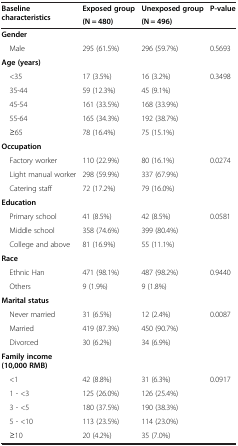
| Baseline characteristics | Exposed group | Unexposed group | P-value |
 |  | (N = 480) | (N = 496) |  |
 | --- | --- | --- | --- |
 | Gender |  |  |  |
 | Male | 295 (61.5%) | 296 (59.7%) | 0.5693 |
 | Age (years) |  |  |  |
 | <35 | 17 (3.5%) | 16 (3.2%) | 0.3498 |
 | 35-44 | 59 (12.3%) | 45 (9.1%) |  |
 | 45-54 | 161 (33.5%) | 168 (33.9%) |  |
 | 55-64 | 165 (34.3%) | 192 (38.7%) |  |
 | ≥65 | 78 (16.4%) | 75 (15.1%) |  |
 | Occupation |  |  |  |
 | Factory worker | 110 (22.9%) | 80 (16.1%) | 0.0274 |
 | Light manual worker | 298 (59.9%) | 337 (67.9%) |  |
 | Catering staff | 72 (17.2%) | 79 (16.0%) |  |
 | Education |  |  |  |
 | Primary school | 41 (8.5%) | 42 (8.5%) | 0.0581 |
 | Middle school | 358 (74.6%) | 399 (80.4%) |  |
 | College and above | 81 (16.9%) | 55 (11.1%) |  |
 | Race |  |  |  |
 | Ethnic Han | 471 (98.1%) | 487 (98.2%) | 0.9440 |
 | Others | 9 (1.9%) | 9 (1.8%) |  |
 | Marital status |  |  |  |
 | Never married | 31 (6.5%) | 12 (2.4%) | 0.0087 |
 | Married | 419 (87.3%) | 450 (90.7%) |  |
 | Divorced | 30 (6.2%) | 34 (6.9%) |  |
 | Family income (10,000 RMB) |  |  |  |
 | <1 | 42 (8.8%) | 31 (6.3%) | 0.0917 |
 | 1 - <3 | 125 (26.0%) | 126 (25.4%) |  |
 | 3 - <5 | 180 (37.5%) | 190 (38.3%) |  |
 | 5 - <10 | 113 (23.5%) | 114 (23.0%) |  |
 | ≥10 | 20 (4.2%) | 35 (7.0%) |  |